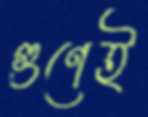
গুণেই